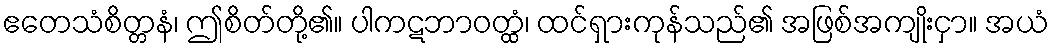
ဧတေသံစိတ္တနံ၊ ဤစိတ်တို့၏။ ပါကဋဘာဝတ္ထံ၊ ထင်ရှားကုန်သည်၏ အဖြစ်အကျိုးငှာ။ အယံ